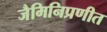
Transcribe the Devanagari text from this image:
जैमिनिप्रणीत